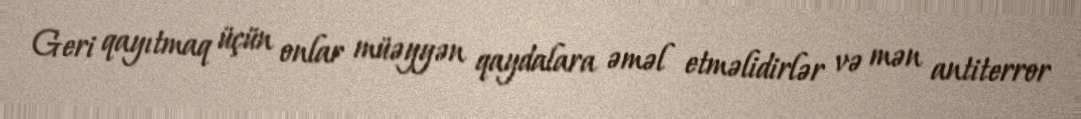
Geri qayıtmaq üçün onlar müəyyən qaydalara əməl etməlidirlər və mən antiterror